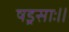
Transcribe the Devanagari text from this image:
षड्रसाः॥